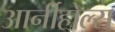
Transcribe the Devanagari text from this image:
आर्नीहोल्स